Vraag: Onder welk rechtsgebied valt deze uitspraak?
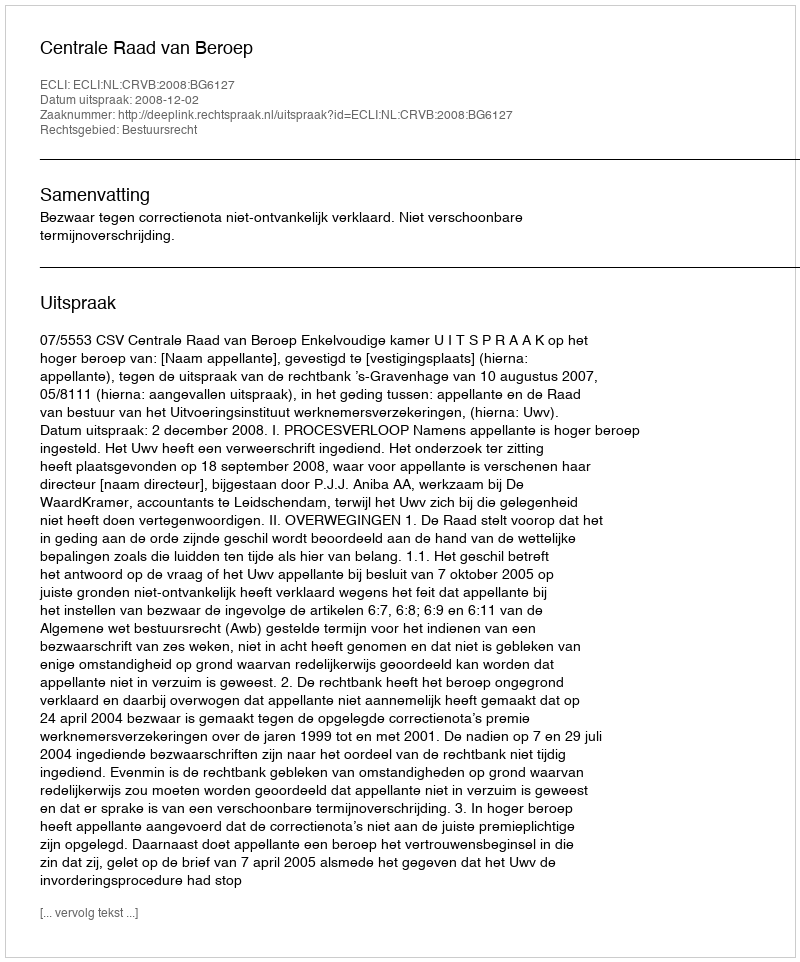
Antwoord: Bestuursrecht